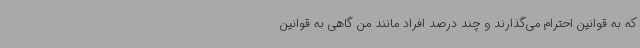
که به قوانین احترام می‌گذارند و چند درصد افراد مانند من گاهی به قوانین